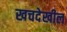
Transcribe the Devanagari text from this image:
खचदेखील